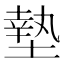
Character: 墊